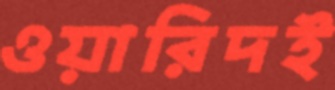
ওয়ারিদই